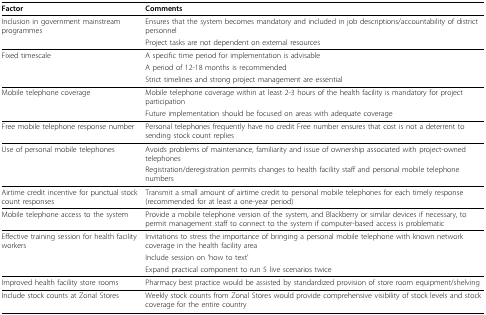
| Factor | Comments |
 | --- | --- |
 | Inclusion in government mainstream programmes | Ensures that the system becomes mandatory and included in job descriptions/accountability of district personnel |
 |  | Project tasks are not dependent on external resources |
 | Fixed timescale | A specific time period for implementation is advisable |
 |  | A period of 12-18 months is recommended |
 |  | Strict timelines and strong project management are essential |
 | Mobile telephone coverage | Mobile telephone coverage within at least 2-3 hours of the health facility is mandatory for project participation |
 |  | Future implementation should be focused on areas with adequate coverage |
 | Free mobile telephone response number | Personal telephones frequently have no credit Free number ensures that cost is not a deterrent to sending stock count replies |
 | Use of personal mobile telephones | Avoids problems of maintenance, familiarity and issue of ownership associated with project-owned telephones |
 |  | Registration/deregistration permits changes to health facility staff and personal mobile telephone numbers |
 | Airtime credit incentive for punctual stock count responses | Transmit a small amount of airtime credit to personal mobile telephones for each timely response (recommended for at least a one-year period) |
 | Mobile telephone access to the system | Provide a mobile telephone version of the system, and Blackberry or similar devices if necessary, to permit management staff to connect to the system if computer-based access is problematic |
 | Effective training session for health facility workers | Invitations to stress the importance of bringing a personal mobile telephone with known network coverage in the health facility area |
 |  | Include session on 'how to text' |
 |  | Expand practical component to run 5 live scenarios twice |
 | Improved health facility store rooms | Pharmacy best practice would be assisted by standardized provision of store room equipment/shelving |
 | Include stock counts at Zonal Stores | Weekly stock counts from Zonal Stores would provide comprehensive visibility of stock levels and stock coverage for the entire country |